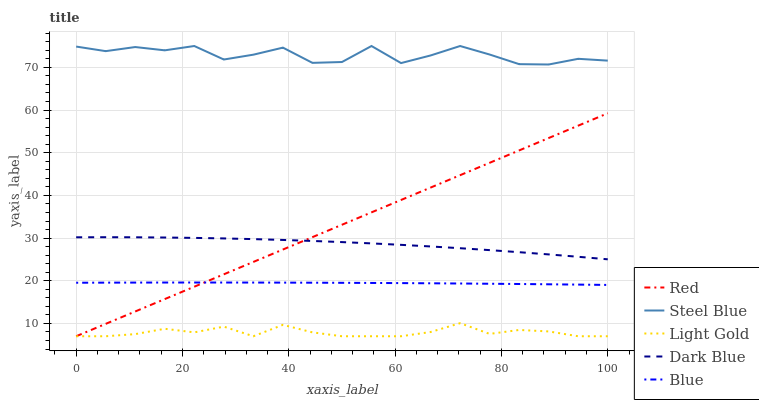
| xaxis_label | Red | Steel Blue | Light Gold | Dark Blue | Blue |
 | --- | --- | --- | --- | --- | --- |
 | 0 | 7 | 74.9 | 7 | 30.2 | 19.5 |
 | 5.56 | 9.9 | 73.8 | 7 | 30.2 | 19.6 |
 | 11.1 | 12.8 | 74.8 | 7.5 | 30.2 | 19.6 |
 | 16.7 | 15.7 | 74 | 8.75 | 30.1 | 19.6 |
 | 22.2 | 18.6 | 75 | 7.91 | 30 | 19.6 |
 | 27.8 | 21.5 | 71.8 | 9.25 | 29.9 | 19.6 |
 | 33.3 | 24.4 | 73 | 7 | 29.8 | 19.6 |
 | 38.9 | 27.3 | 74.6 | 9.67 | 29.6 | 19.6 |
 | 44.4 | 30.2 | 71.1 | 7.91 | 29.3 | 19.5 |
 | 50 | 33.1 | 71.3 | 7 | 29.1 | 19.5 |
 | 55.6 | 36 | 75 | 7 | 28.8 | 19.5 |
 | 61.1 | 38.9 | 71 | 7 | 28.4 | 19.5 |
 | 66.7 | 41.8 | 72.8 | 7.99 | 28 | 19.4 |
 | 72.2 | 44.7 | 75 | 10.1 | 27.6 | 19.4 |
 | 77.8 | 47.6 | 73 | 7.55 | 27.2 | 19.3 |
 | 83.3 | 50.5 | 70.7 | 8.48 | 26.7 | 19.2 |
 | 88.9 | 53.4 | 70.7 | 8.13 | 26.2 | 19.2 |
 | 94.4 | 56.3 | 72 | 7 | 25.6 | 19.1 |
 | 100 | 59.2 | 71.6 | 7 | 25 | 19 |